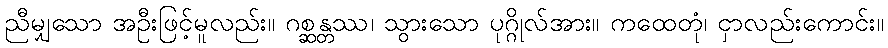
ညီမျှသော အဦးဖြင့်မူလည်း။ ဂစ္ဆန္တဿ၊ သွားသော ပုဂ္ဂိုလ်အား။ ကထေတုံ၊ ငှာလည်းကောင်း။